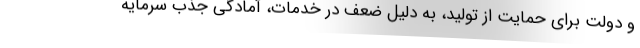
و دولت برای حمایت از تولید، به دلیل ضعف در خدمات، آمادگی جذب سرمایه